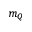
m _ { Q }